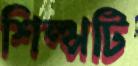
শিল্পটি